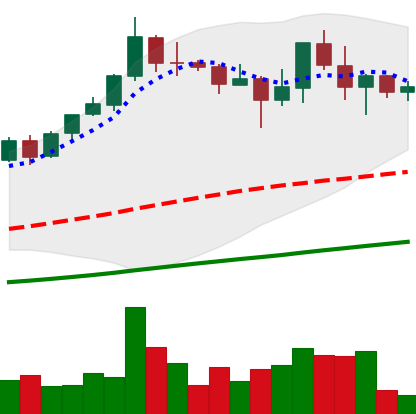
Ticker: BNB-USD
Chart end date: 2021-04-25
Forward return: 23.562%
Label: up_7plus